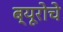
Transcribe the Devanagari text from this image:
ब्यूरोचे